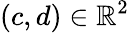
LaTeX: (c,d)\in\mathbb{R}^{2}